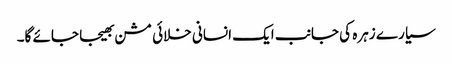
سیارے زہرہ کی جانب ایک انسانی خلائی مشن بھیجا جائے گا۔